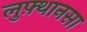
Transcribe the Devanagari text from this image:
लुफ़्थानसा